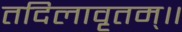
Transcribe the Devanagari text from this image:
तदिलावृतम्॥